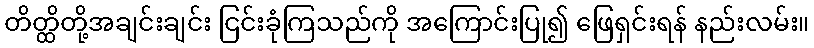
တိတ္ထိတို့အချင်းချင်း ငြင်းခုံကြသည်ကို အကြောင်းပြု၍ ဖြေရှင်းရန် နည်းလမ်း။